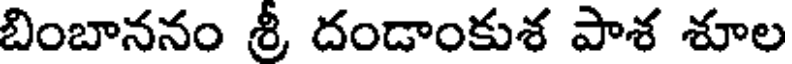
బింబాననం శ్రీ దండాంకుశ పాశ శూల